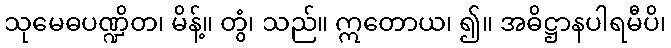
သုမေဓပဏ္ဍိတ၊ မိန့်။ တွံ၊ သည်။ ဣတောယ၊ ၍။ အဓိဋ္ဌာနပါရမီပိ၊